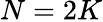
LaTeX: N=2K